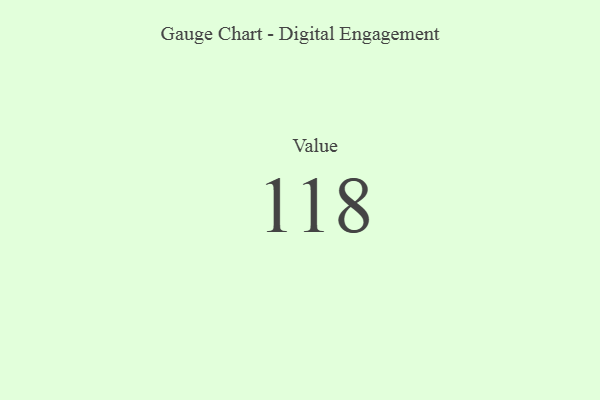
{"axis": {"x": "Metric", "y": "Value"}, "legend": [""], "data": [{"x": "Value", "y": 118, "type": ""}]}